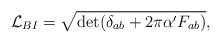
\begin{align*}{\cal L}_{BI} = \sqrt{ \det (\delta_{ab} + 2\pi\alpha' F_{ab})},\end{align*}